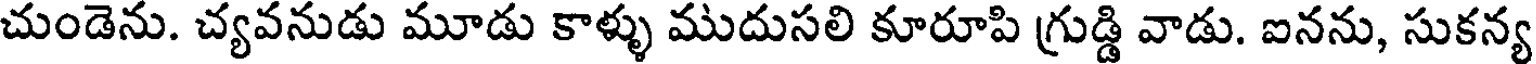
చుండెను. చ్యవనుడు మూడు కాళ్ళు ముదుసలి కూరూపి గ్రుడ్డి వాడు. ఐనను, సుకన్య